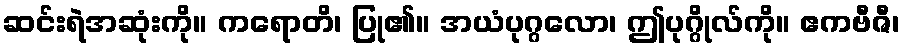
ဆင်းရဲအဆုံးကို။ ကရောတိ၊ ပြု၏။ အယံပုဂ္ဂလော၊ ဤပုဂ္ဂိုလ်ကို။ ဧကဗီဇီ၊